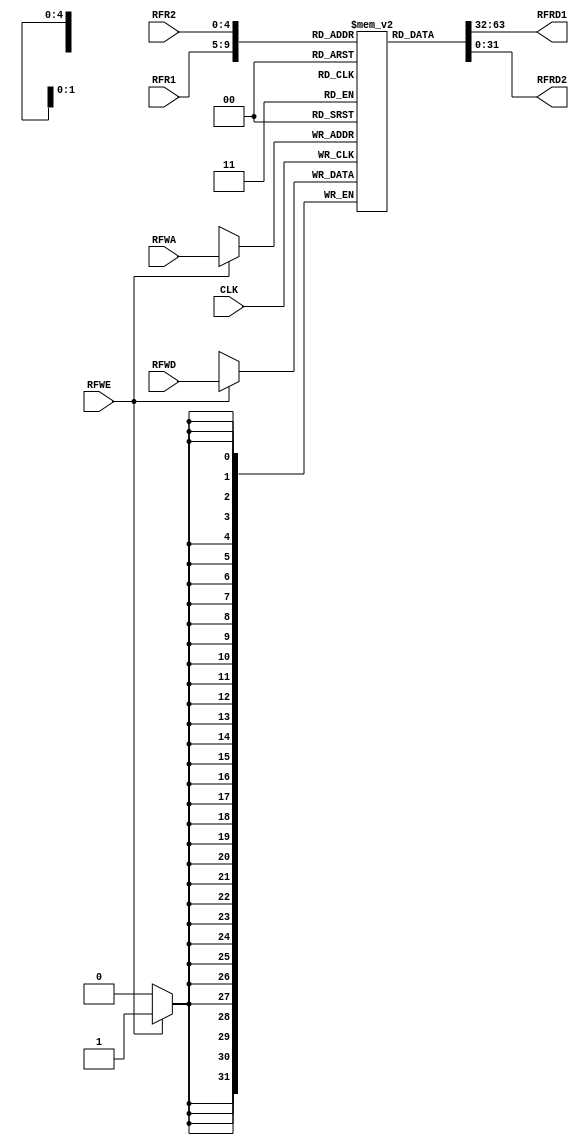
`timescale 1ns / 1ps
//////////////////////////////////////////////////////////////////////////////////
// Company: 
// Engineer: 
// 
// Design Name: 
// Module Name: MCP_RF
// Project Name: 
// Target Devices: 
// Tool Versions: 
// Description: 
// 
// Dependencies: 
// 
// Revision:
// Revision 0.01 - File Created
// Additional Comments:
// 
//////////////////////////////////////////////////////////////////////////////////


module MCP_RF #(parameter WL = 32, AL = 5)
                      (input CLK, RFWE,
                       input [AL - 1:0] RFR1, RFR2, RFWA,
                       input signed [WL - 1:0] RFWD,
                       output signed [WL - 1:0] RFRD1, RFRD2);
    //initialize 32 registers for our RF
    reg [WL-1:0] RF_Array [(2 ** AL) - 1:0]; //this is our 32 memory lovation, each set to our data's length in bits
    
    //MIPS RF   name        definition
    //reg 0     ($0)        holds constant value 0
    //reg 1     ($at)       reserved for assembler
    //reg 2-3   ($v0-$v1)   procedure return values
    //reg 4-7   ($a0-$a3)   procedure arguments
    //reg 8-15  ($t0-$t7)   temporaries
    //reg 16-23 ($s0-$s7)   saved variables (callee)
    //reg 24-25 ($t8-$t9)   more temporaries
    //reg 26-27 ($k0-$k1)   reserved for OS Kernel
    //reg 28    ($gp)       pointer to global data
    //reg 29    ($sp)       stack pointer
    //reg 30    ($fp)       frame pointer
    //reg 31    ($ra)       procedure return address
    
    //initialize RF with some preset MIPS details
    initial
    begin
        RF_Array[0] = 0;
    end
    
    //heres our synchronous write functionality
    always @(posedge CLK)
    begin
        if(RFWE)
        begin
            RF_Array[RFWA] <= RFWD;
        end
    end
    //heres our asynchronous read functionality
    assign RFRD1 = RF_Array[RFR1];
    assign RFRD2 = RF_Array[RFR2];
    
    //
    //FIXME: what is meant by Write First Mode?
    //I understand WF mode means the data gets written and then read.
    //the edge case where you W and R the same addr means you read whatever you'll write
    //
endmodule